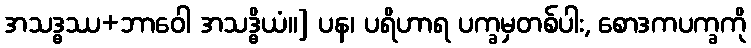
အသဒ္ဓဿ+ဘာဝေါ အသဒ္ဓိယံ။] ပန၊ ပရိဟာရ ပက္ခမှတစ်ပါး, စောဒကပက္ခကို